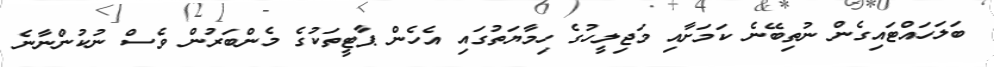
ބަލަހައްޓައިގެން ނުތިބޭނެ ކަމަށާއި މަޖިލީހުގެ ހިމާޔަތުގައި އެހެން ޕާޓީތަކުގެ މެންބަރުން ވެސް ނުކުންނާނެ